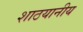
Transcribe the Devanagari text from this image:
शाठयानीय